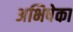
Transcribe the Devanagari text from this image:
अभिषेका